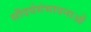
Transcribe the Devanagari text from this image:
सौंदर्यसंभावनाओं